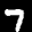
Label: 7